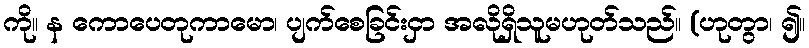
ကို။ န ကောပေတုကာမော၊ ပျက်စေခြင်းငှာ အလိုရှိသူမဟုတ်သည်။ (ဟုတွာ၊ ၍။